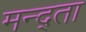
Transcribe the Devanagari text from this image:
मन्द्ता